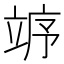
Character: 𱷨